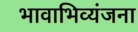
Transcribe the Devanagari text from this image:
भावाभिव्यंजना